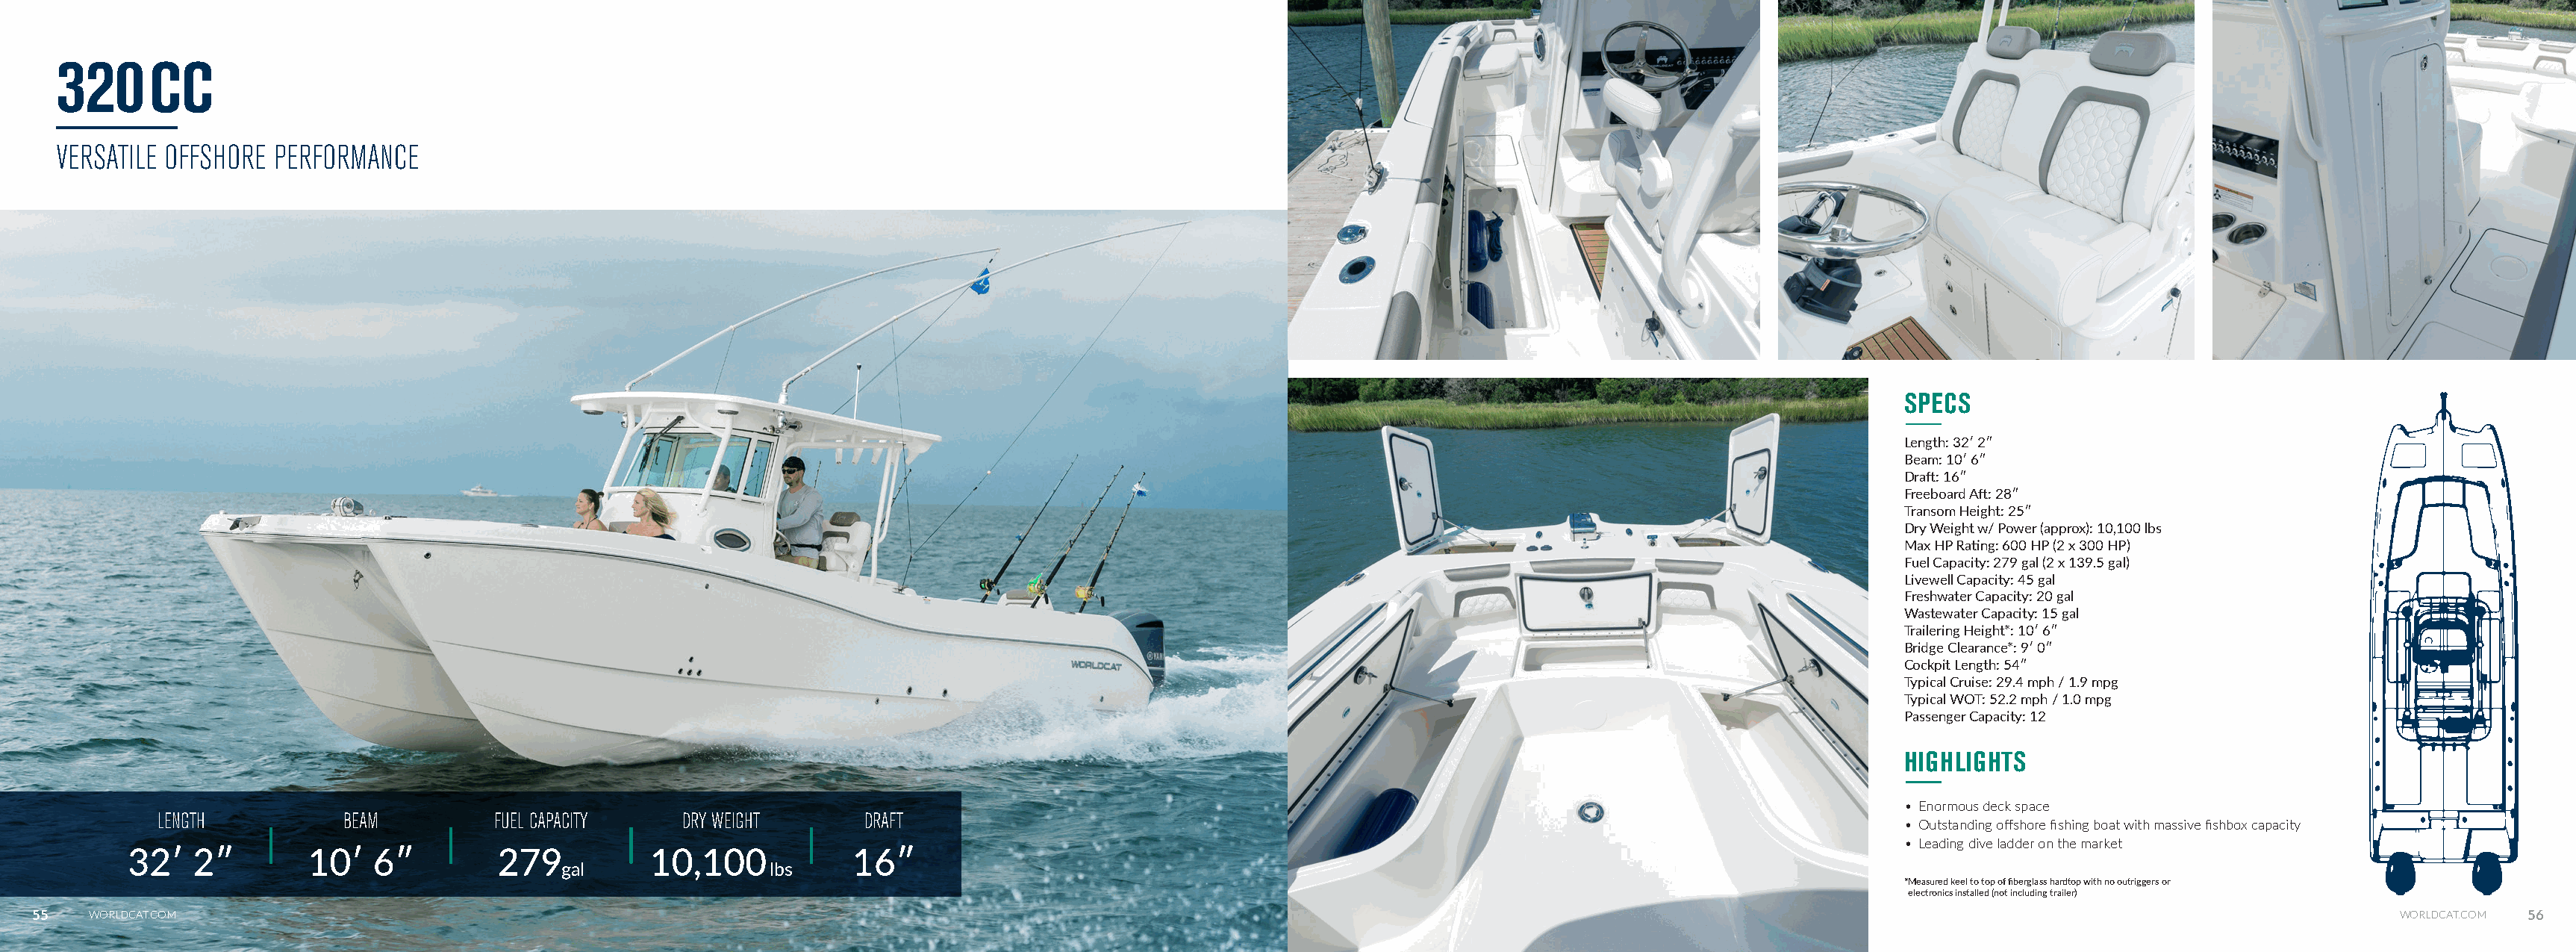
320CC
 VERSATILE OFFSHORE PERFORMANCE
 SPECS
 Length: 32ʹ 2ʺ
 Beam: 10ʹ 6ʺ
 Draft: 16ʺ
 Freeboard Aft: 28ʺ
 Transom Height: 25ʺ
 Dry Weight w/ Power (approx): 10,100 lbs
 Max HP Rating: 600 HP (2 x 300 HP)
 Fuel Capacity: 279 gal (2 x 139.5 gal)
 Livewell Capacity: 45 gal
 Freshwater Capacity: 20 gal
 Wastewater Capacity: 15 gal
 Trailering Height*: 10ʹ 6ʺ
 Bridge Clearance*: 9ʹ 0ʺ
 Cockpit Length: 54ʺ
 Typical Cruise: 29.4 mph / 1.9 mpg
 Typical WOT: 52.2 mph / 1.0 mpg
 Passenger Capacity: 12
 HIGHLIGHTS
 • Enormous deck space
 LENGTH          BEAM          FUEL CAPACITY   DRY WEIGHT       DRAFT
 • Outstanding offshore fishing boat with massive fishbox capacity
 • Leading dive ladder on the market
 32ʹ   2ʺ        10ʹ   6ʺ         279           10,100            16ʺ
 gal               lbs
 *Measured keel to top of fiberglass hardtop with no outriggers or
 electronics installed (not including trailer)
 55   WORLDCAT.COM                                                                                                                                                                                                 WORLDCAT.COM 56